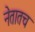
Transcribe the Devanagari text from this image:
नेतातच